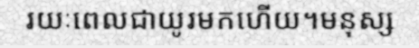
រយៈពេលជាយូរមកហើយ។មនុស្ស